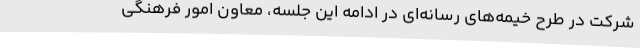
شرکت در طرح خیمه‌های رسانه‌ای در ادامه این جلسه، معاون امور فرهنگی